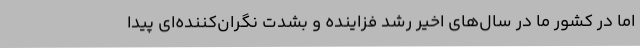
اما در کشور ما در سال‌های اخیر رشد فزاینده و بشدت نگران‌کننده‌ای پیدا